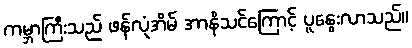
ကမ္ဘာကြီးသည် ဖန်လုံအိမ် အာနိသင်ကြောင့် ပူနွေးလာသည်။